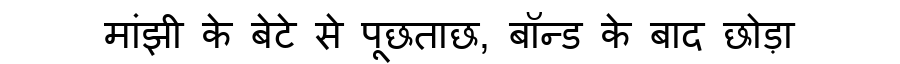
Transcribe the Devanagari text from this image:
मांझी के बेटे से पूछताछ, बॉन्ड के बाद छोड़ा